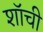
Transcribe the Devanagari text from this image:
शॉची